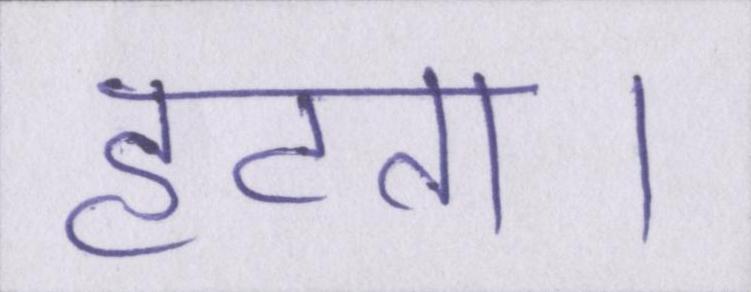
हटता।